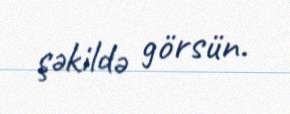
şəkildə görsün.